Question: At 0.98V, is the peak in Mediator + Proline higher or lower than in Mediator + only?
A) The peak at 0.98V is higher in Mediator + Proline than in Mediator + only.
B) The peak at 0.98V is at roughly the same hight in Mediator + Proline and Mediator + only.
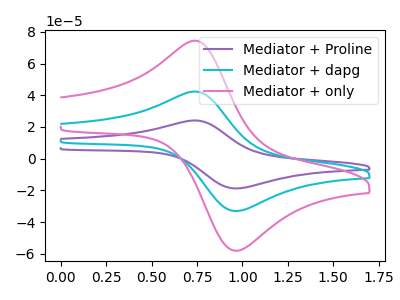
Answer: <think>The purple curve "Mediator + Proline" has an anodic peak at (0.75V, 84.65uA) and a cathodic peak at (1.00V, -66.00uA). The cyan curve "Mediator + dapg" has an anodic peak at (0.75V, 42.30uA) and a cathodic peak at (1.00V, -33.00uA). The pink curve "Mediator + only" has an anodic peak at (0.75V, 74.40uA) and a cathodic peak at (1.00V, -58.00uA).</think>
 <answer>A) The peak at 0.98V is higher in "Mediator + Proline" than in "Mediator + only".</answer>
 <eval>A</eval>